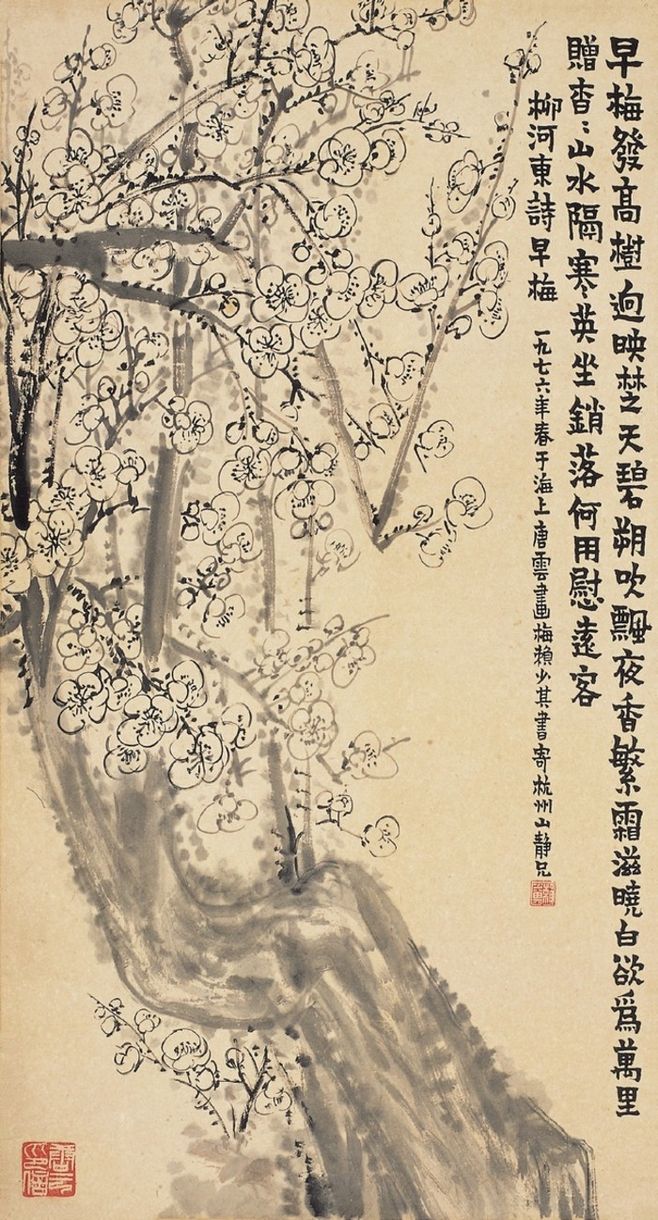
早梅发高树，迥映楚天碧。